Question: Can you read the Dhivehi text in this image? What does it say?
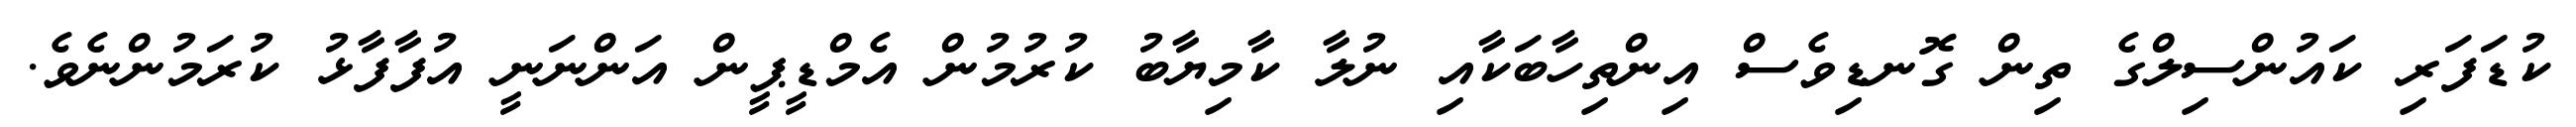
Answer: ކުޑަފަރި ކައުންސިލްގެ ތިން ގޮނޑިވެސް އިންތިހާބަކާއި ނުލާ ކާމިޔާބު ކުރުމުން އެމްޑީޕީން އަންނަނީ އުފާފާޅު ކުރަމުންނެވެ.